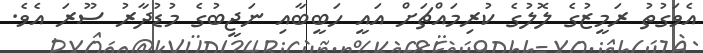
އެވަގުތު ރަމީޒުގެ ލޮލުގެ ކުރިމައްޗަށް އައީ ހަބީބާއި ނަޖީބުގެ މުޑުދާރު ސޫރަ އެވެ.